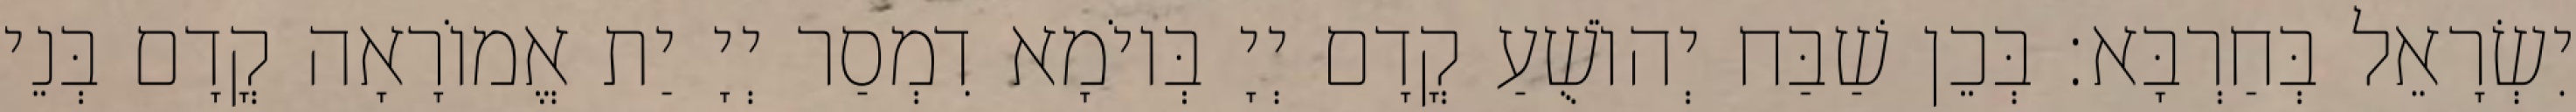
יִשְׂרָאֵל בְּחַרְבָּא׃ בְּכֵן שַׁבַּח יְהוֹשֻׁעַ קֳדָם יְיָ בְּיוֹמָא דִמְסַר יְיָ יַת אֱמוֹרָאָה קֳדָם בְּנֵי